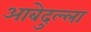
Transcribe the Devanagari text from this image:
आबेदुल्ला